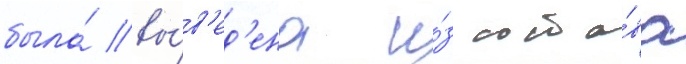
была́ вы́в'ед'ена и́з соста́ва